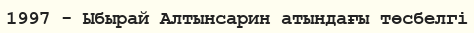
1997 - Ыбырай Алтынсарин атындағы төсбелгі